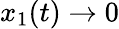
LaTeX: x_{1}(t)\rightarrow 0